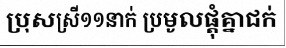
ប្រុសស្រី១១នាក់ ប្រមូលផ្តុំគ្នាជក់